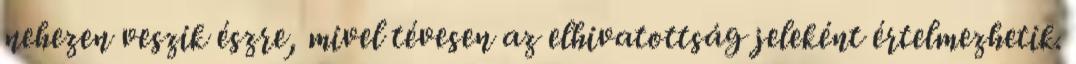
nehezen veszik észre, mivel tévesen az elhivatottság jeleként értelmezhetik.